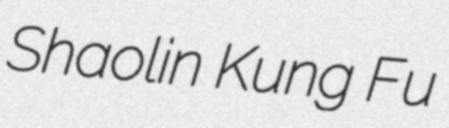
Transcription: Shaolin Kung Fu